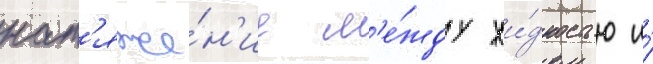
нат'яже́н'ие м'е́жду жи́дкостью и́